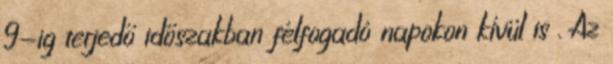
9-ig terjedő időszakban félfogadó napokon kívül is . Az